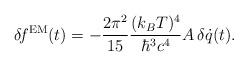
LaTeX: \begin{align*}\delta\!f^{\rm EM}(t) = - {2\pi^2\over 15} {(k_B T)^4\over \hbar^3 c^4} A \,\delta \dot{q}(t).\end{align*}